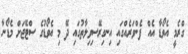
ގްރެމީ އެވޯޑާ އެއް ފެންވަރެއްގައި އިނގިރޭސިވިލާތުގައި ދޭ މި އެވޯޑުގެ ސްޓޭޖަށް މެޑޯނާ